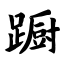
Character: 蹰